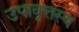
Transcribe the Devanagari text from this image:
उपावृत्तस्य